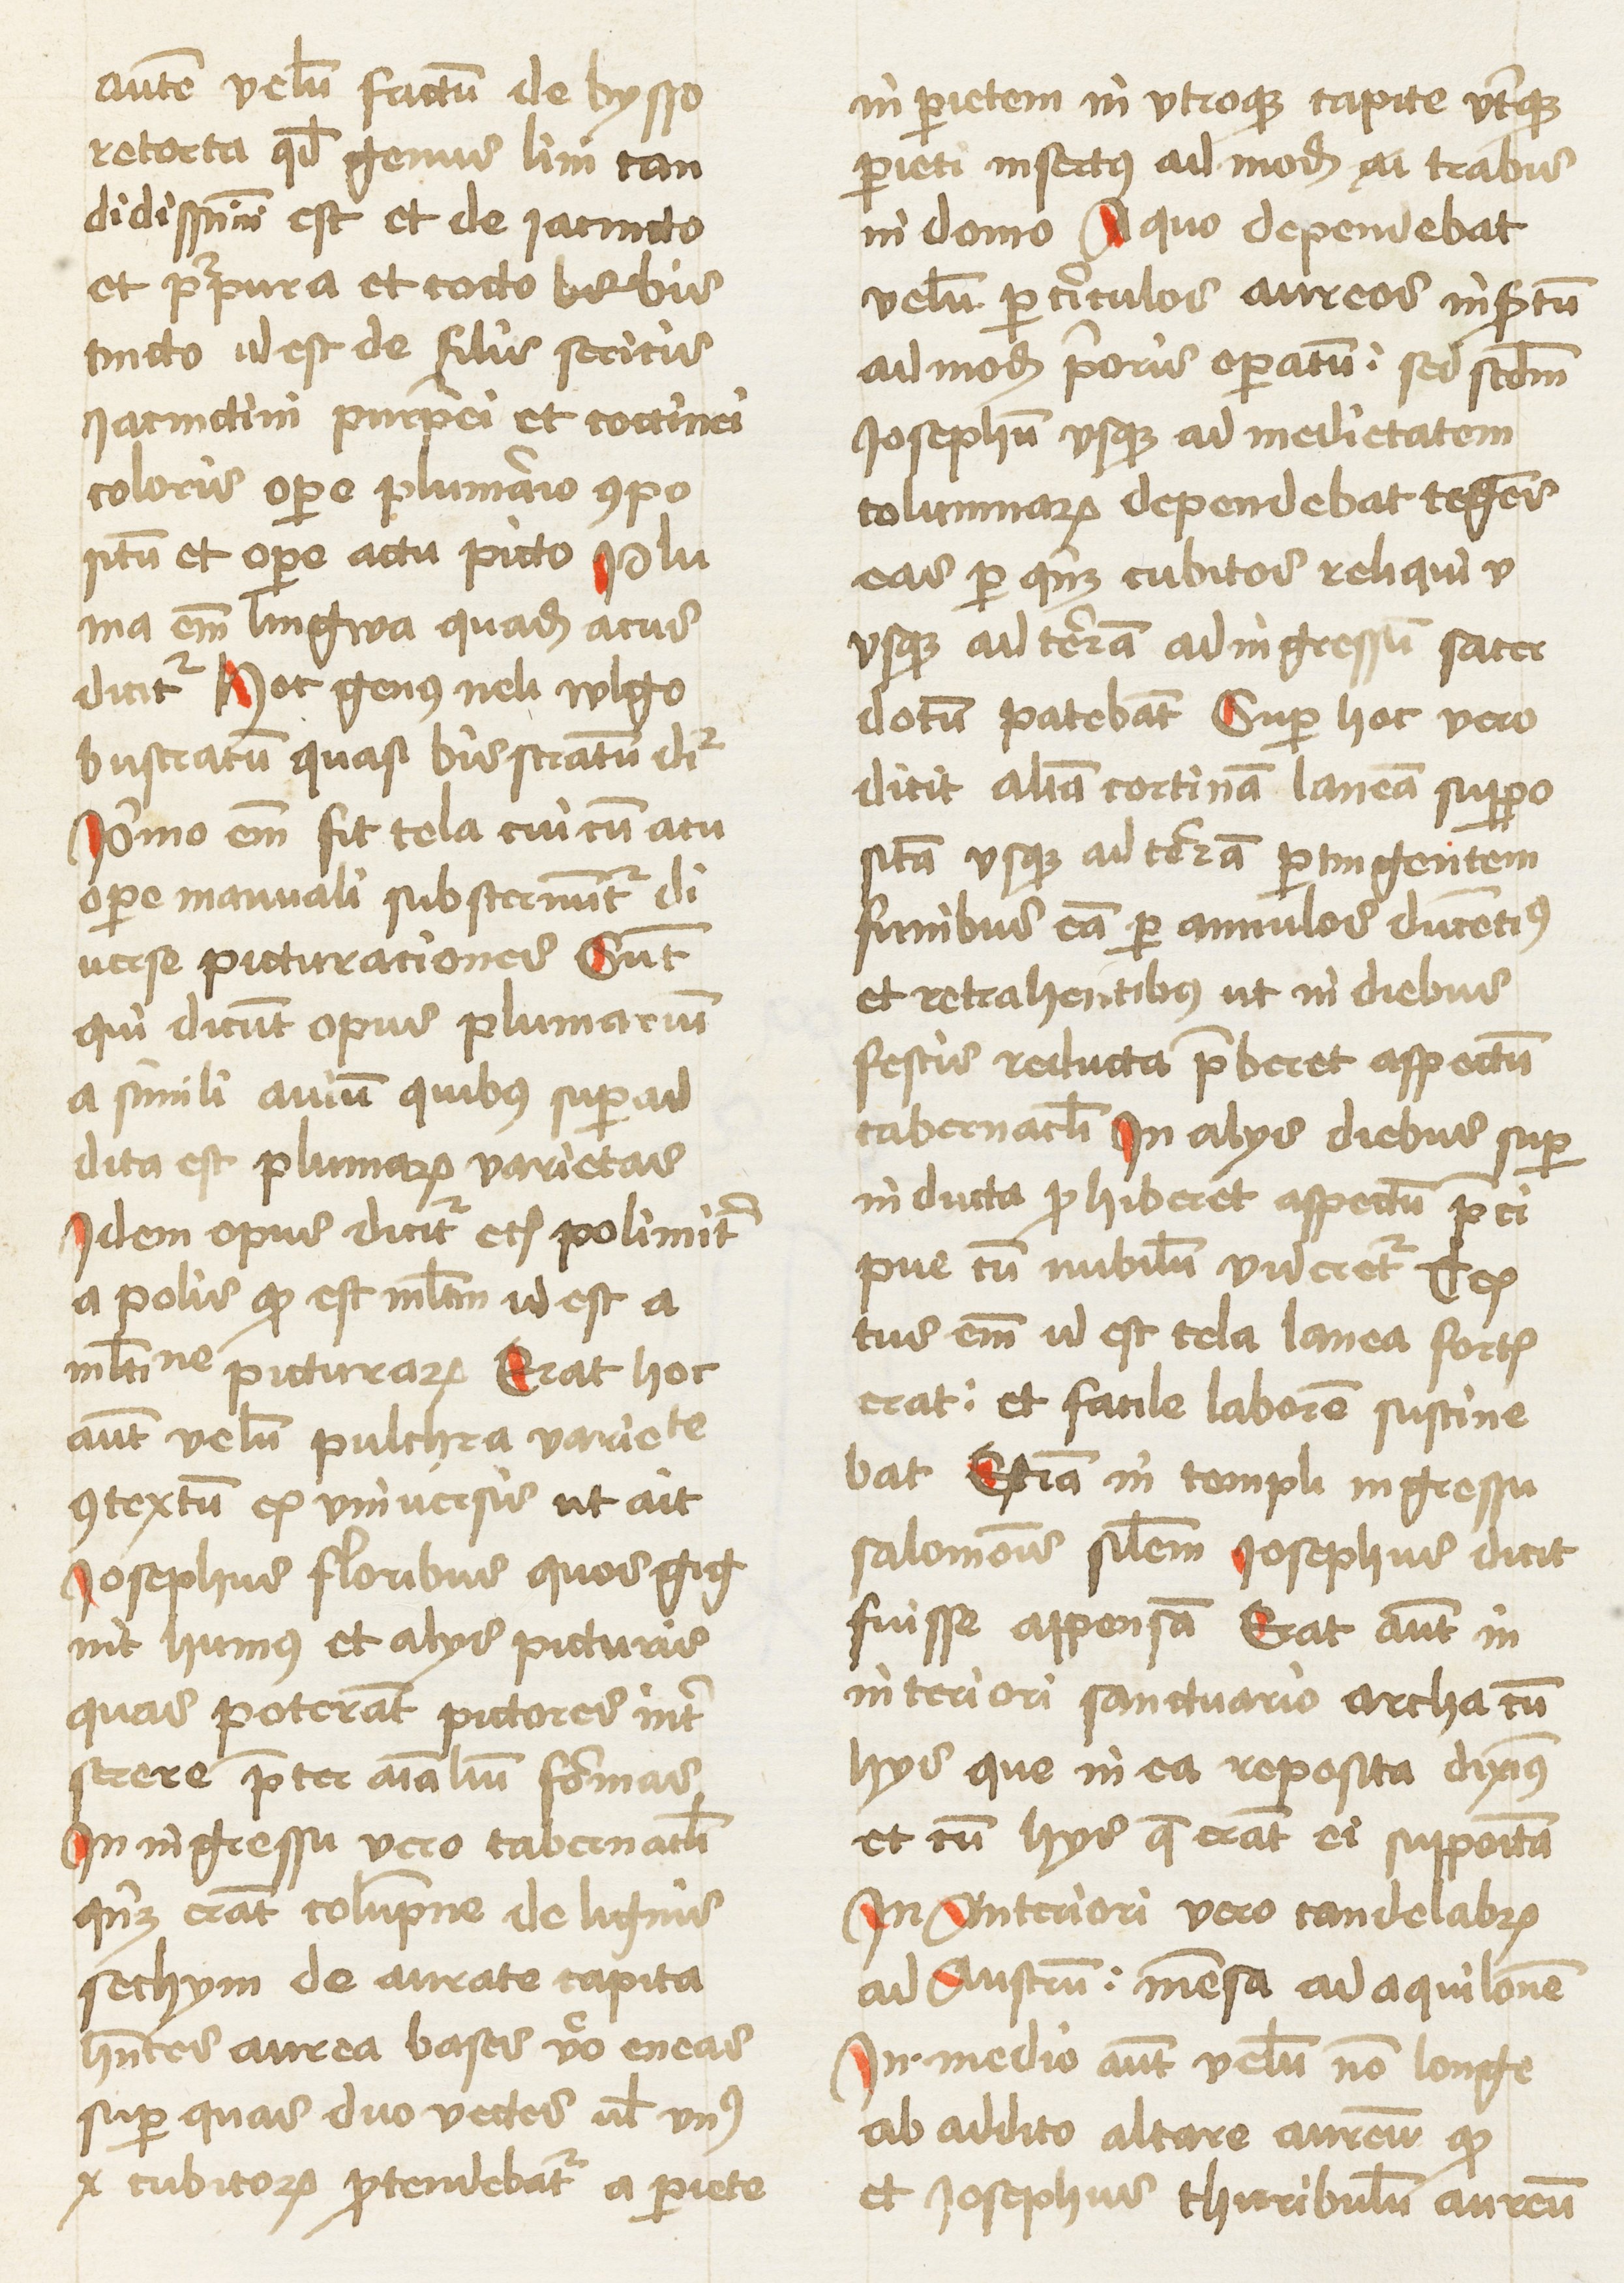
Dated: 1460–1461